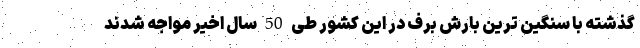
گذشته با سنگین ترین بارش برف در این کشور طی 50 سال اخیر مواجه شدند